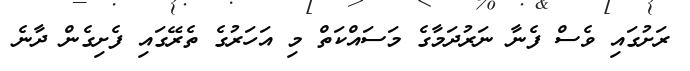
ރަށުގައި ވެސް ފެނާ ނަރުދަމާގެ މަސައްކަތް މި އަހަރުގެ ތެރޭގައި ފެށިގެން ދާނެ